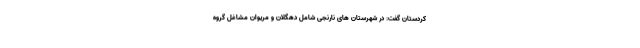
کردستان گفت: در شهرستان های نارنجی شامل دهگلان و مریوان مشاغل گروه